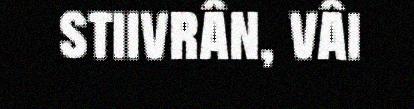
stiivrân, vâi